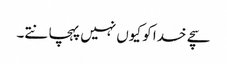
سچے خدا کو کیوں نہیں پہچانتے۔